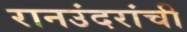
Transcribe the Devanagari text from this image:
रानउंदरांची